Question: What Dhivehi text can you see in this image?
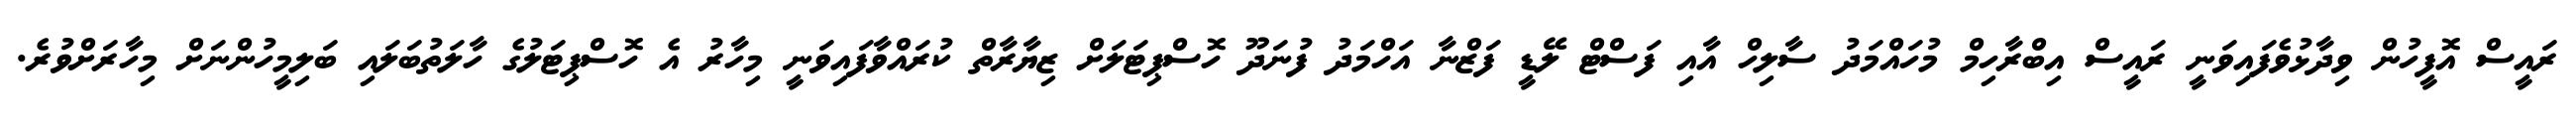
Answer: ރައީސް އޮފީހުން ވިދާޅުވެފައިވަނީ ރައީސް އިބްރާހިމް މުހައްމަދު ސާލިހް އާއި ފަސްޓް ލޭޑީ ފަޒްނާ އަހްމަދު ފުނަދޫ ހޮސްޕިޓަލަށް ޒިޔާރާތް ކުރައްވާފައިވަނީ މިހާރު އެ ހޮސްޕިޓަލުގެ ހާލަތުބަލައި ބަލިމީހުންނަށް މިހާރަށްވުރެ.